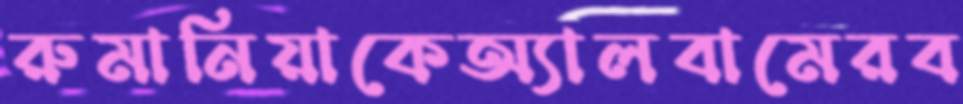
রুমানিয়াকেঅ্যালবামেরব